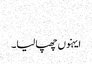
‏
ایہنوں چھپا لیا۔